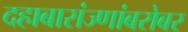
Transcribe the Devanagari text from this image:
दहाबारांज्णांबरोबर